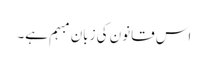
اس قانون کی زبان مبہم ہے۔